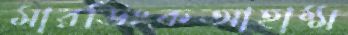
মারডিংকআহাম্ম